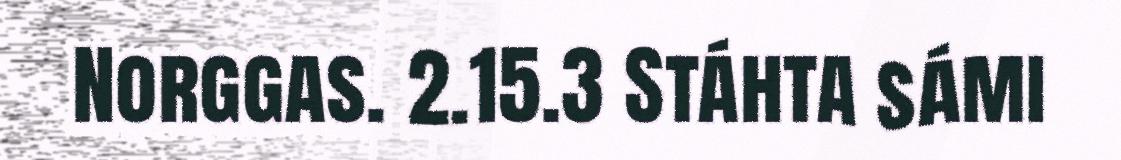
Norggas. 2.15.3 Stáhta sámi